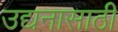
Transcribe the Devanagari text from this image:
उद्यनासाठी